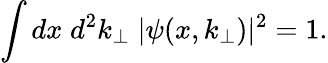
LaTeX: \int dx\; d^{2}k_{\perp}\; |\psi(x,k_{\perp})|^{2}=1.